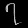
Digit: ၇